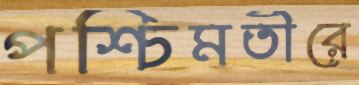
পশ্চিমতীরে